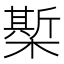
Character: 𣚄